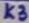
Text: K3